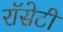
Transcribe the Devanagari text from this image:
रॉसेटी